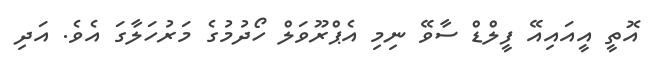
އޮތީ އީއައިއޭ ފީލްޑް ސާވޭ ނިމި އެޕްރޫވަލް ހޯދުމުގެ މަރުހަލާގަ އެވެ. އަދި